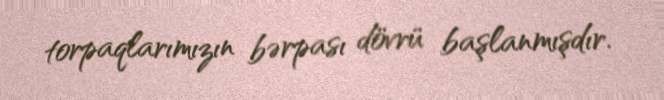
torpaqlarımızın bərpası dövrü başlanmışdır.